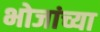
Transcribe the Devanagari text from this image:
भोजांच्या